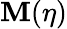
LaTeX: \mathbf{M}(\eta)